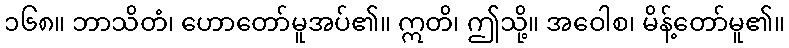
၁၆၈။ ဘာသိတံ၊ ဟောတော်မူအပ်၏။ ဣတိ၊ ဤသို့။ အဝေါစ၊ မိန့်တော်မူ၏။